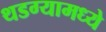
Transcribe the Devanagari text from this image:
थडग्यामध्ये